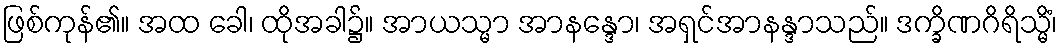
ဖြစ်ကုန်၏။ အထ ခေါ၊ ထိုအခါ၌။ အာယသ္မာ အာနန္ဒော၊ အရှင်အာနန္ဒာသည်။ ဒက္ခိဏဂိရိသ္မိံ၊